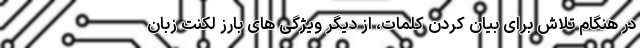
در هنگام تلاش برای بیان کردن کلمات، از دیگر ویژگی های بارز لکنت زبان